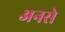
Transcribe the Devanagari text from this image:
अनसे